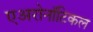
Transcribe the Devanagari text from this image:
एअरोनॉटिकल